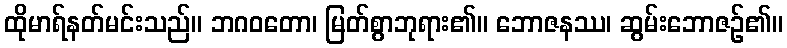
ထိုမာရ်နတ်မင်းသည်။ ဘဂဝတော၊ မြတ်စွာဘုရား၏။ ဘောဇနဿ၊ ဆွမ်းဘောဇဉ်၏။